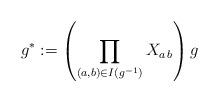
LaTeX: \begin{align*} g^*:=\left(\prod_{(a,b)\in I(g^{-1})} X_{a\,b} \right) g\end{align*}